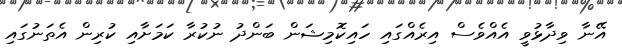
އޭނާ ވިދާޅުވީ އެއްވެސް އިރެއްގައި ހައިކޮމިޝަން ބަންދު ނުކުރާ ކަމަށާއި ކުރިން އެތަނުގައި